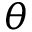
\theta